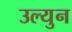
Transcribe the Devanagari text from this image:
उल्युन